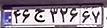
۴۶ج۳۲۶۶۷